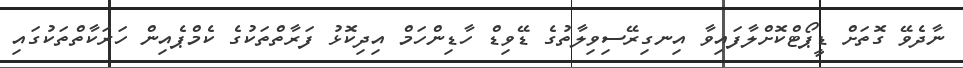
ނާދެވޭ ގޮތަށް ޑީޕޯޓްކޮށްލާފައިވާ އިނގިރޭސިވިލާތުގެ ޑޭވިޑް ހާޑިންހަމް އިދިކޮޅު ފަރާތްތަކުގެ ކެމްޕެއިން ހަރަކާތްތަކުގައި